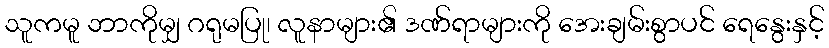
သူကမူ ဘာကိုမျှ ဂရုမပြု၊ လူနာများ၏ ဒဏ်ရာများကို အေးချမ်းစွာပင် ရေနွေးနှင့်